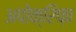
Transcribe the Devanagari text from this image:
अपोक्रिफ़ा